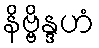
နိဗ္ဗိန္ဒဟံ